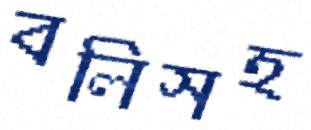
বলিসহ